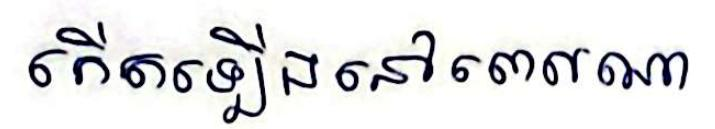
កើតឡើងនៅពេលណា